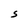
Character: S